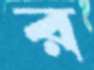
র